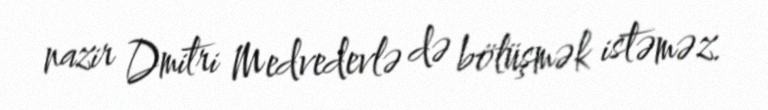
nazir Dmitri Medvedevlə də bölüşmək istəməz.